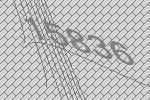
15836